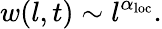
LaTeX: w(l,t)\sim l^{\alpha_{\mathrm{loc}}}.